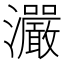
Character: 𤅙